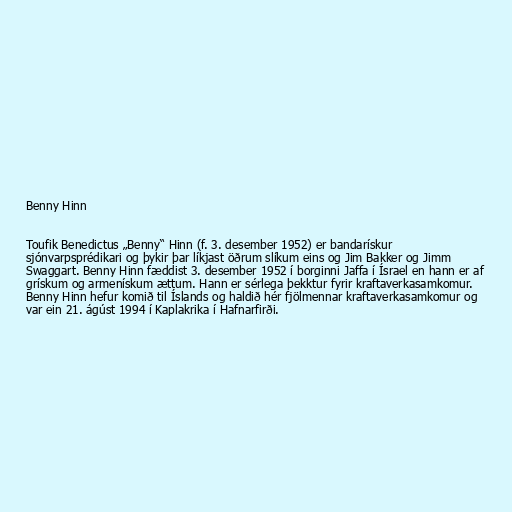
Benny Hinn

Toufik Benedictus „Benny“ Hinn (f. 3. desember 1952) er bandarískur
sjónvarpsprédikari og þykir þar líkjast öðrum slíkum eins og Jim Bakker og Jimm
Swaggart. Benny Hinn fæddist 3. desember 1952 í borginni Jaffa í Ísrael en hann er af
grískum og armenískum ættum. Hann er sérlega þekktur fyrir kraftaverkasamkomur.
Benny Hinn hefur komið til Íslands og haldið hér fjölmennar kraftaverkasamkomur og
var ein 21. ágúst 1994 í Kaplakrika í Hafnarfirði.